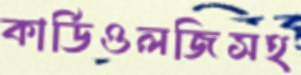
কার্ডিওলজিসহ